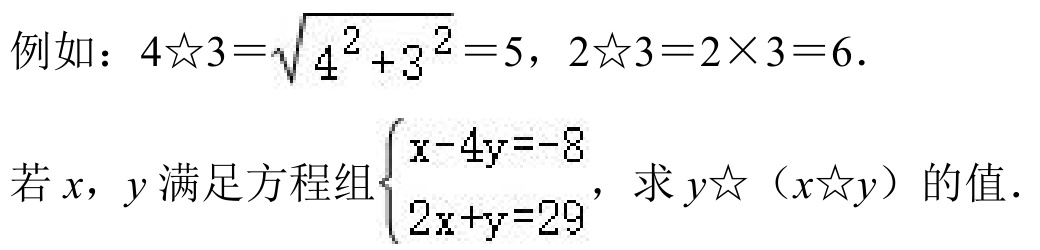
例如：\(4☆3 = \sqrt{4^{2}+3^{2}} = 5\)，\(2☆3 = 2\times3 = 6\).
若\(x\)，\(y\)满足方程组\(\begin{cases}x - 4y = -8\\2x + y = 29\end{cases}\)，求\(y☆(x☆y)\)的值.